Leningradi_Edasi_toimetus, lk 62
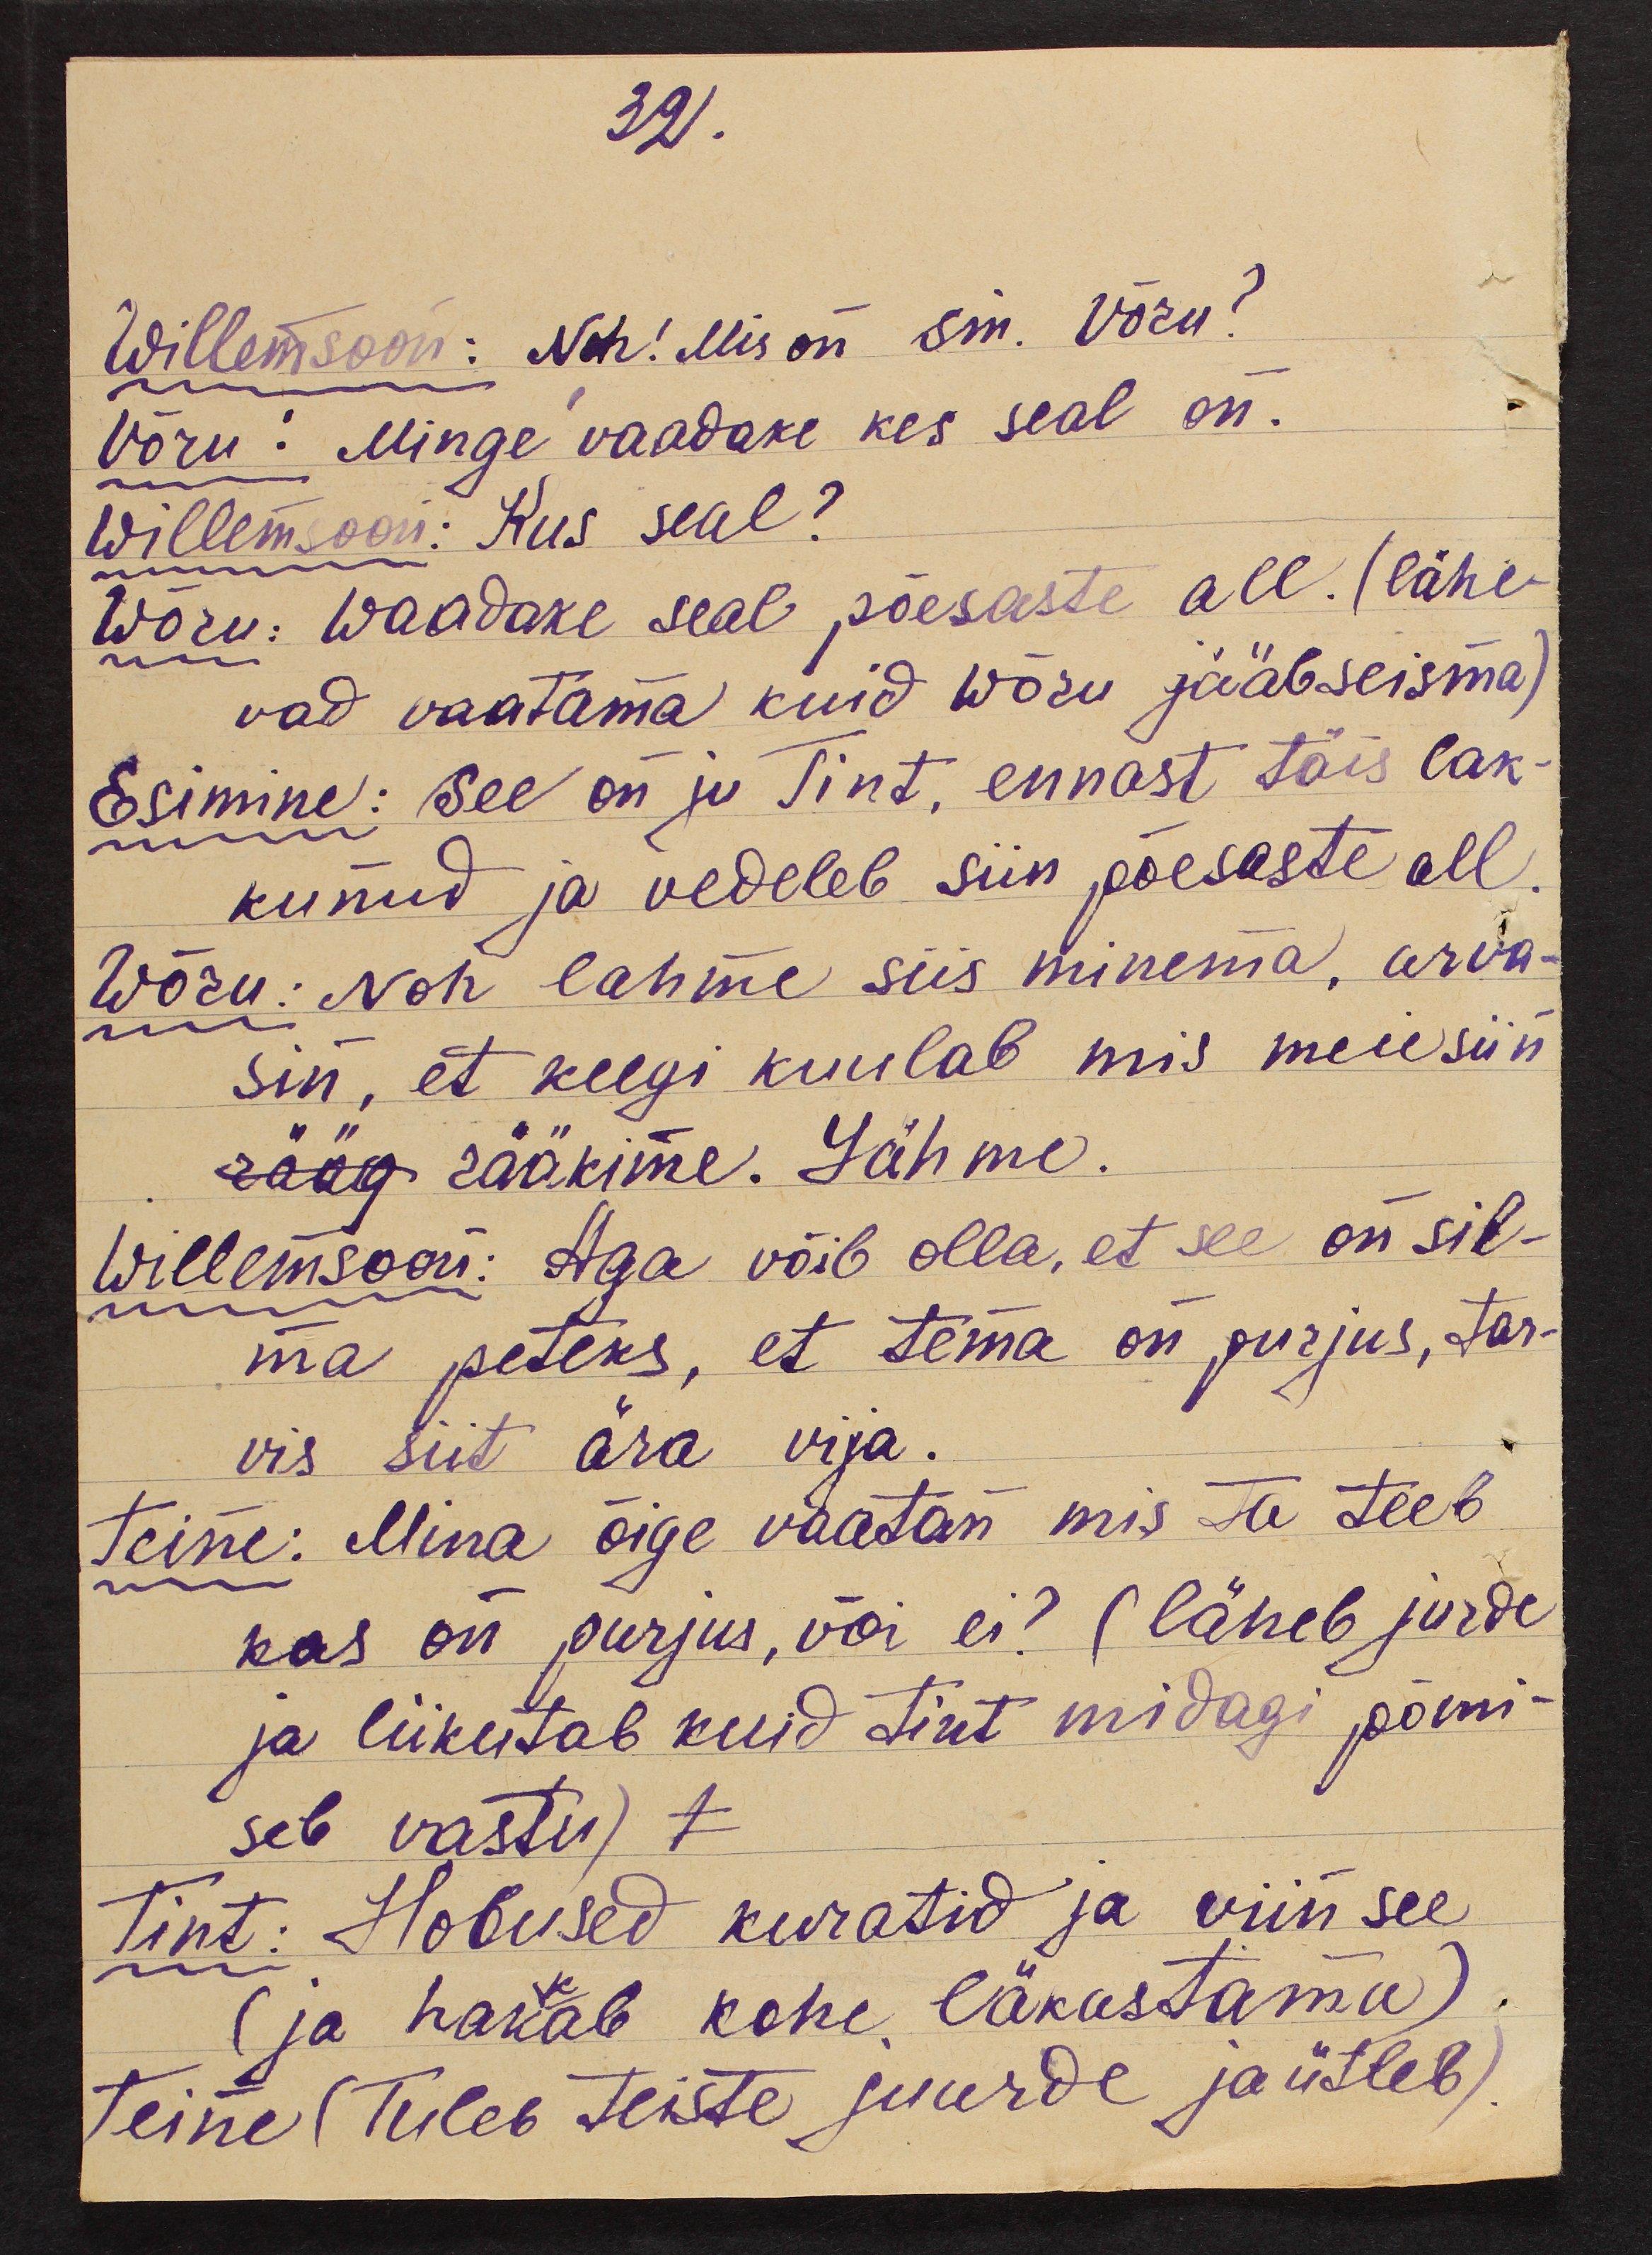
32.

Willemsoon: Noh! Mis on sm. Võru?
Võru: Minge vaadake kes seal on.
Willemsoon: Kus seal?
Wõru: Waadake seal põesaste all. (lähe-
vad vaatama kuid Wõru jääb seisma)
Esimine: See on ju Tint, ennast täis lak-
kunud ja vedeleb siin põesaste all.
Wõru: Noh lahme siis minema, arva-
sin, et keegi kuulab mis meie siin
rääg rääkime. Lähme.
Willemsoon: Aga võib olla, et see on sil-
ma peteks, et tema on purjus, tar-
vis siit ära vija.
Teine: Mina õige vaatan mis ta teeb
kas on purjus, või ei? (läheb jurde
ja liikutab kuid Tint midagi põmi-
seb vastu) 1
Tint: Hobused kuratid ja viin see
(ja hakkab kohe läkastama).
Teine (Tuleb teiste juurde ja ütleb)